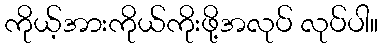
ကိုယ့်အားကိုယ်ကိုးဖို့အလုပ် လုပ်ပါ။